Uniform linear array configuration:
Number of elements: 32
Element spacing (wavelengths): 0.25
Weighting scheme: blackman
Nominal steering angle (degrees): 0
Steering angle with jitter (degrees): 0.5794
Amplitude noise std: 0.05
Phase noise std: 0.05

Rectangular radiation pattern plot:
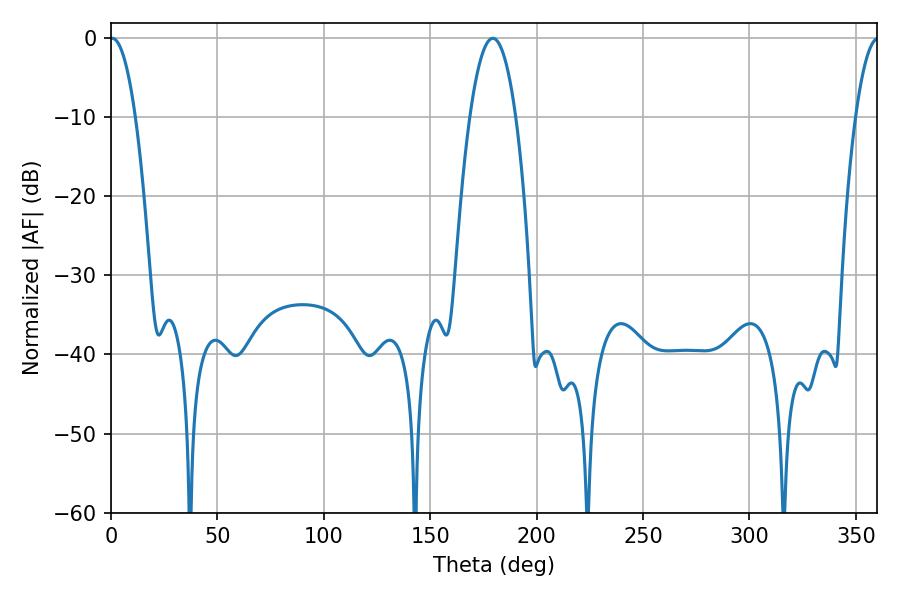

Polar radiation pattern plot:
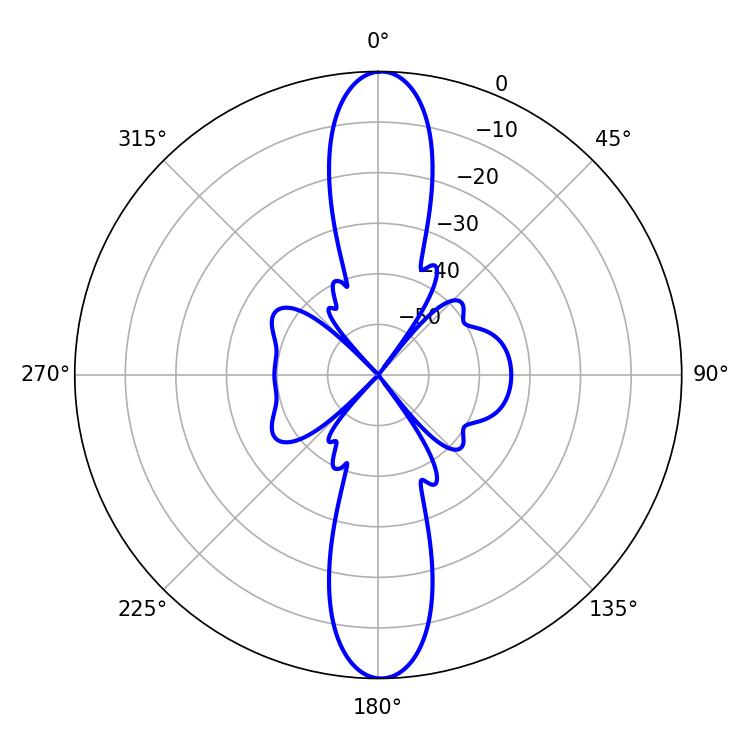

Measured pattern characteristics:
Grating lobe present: FALSE
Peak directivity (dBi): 26.031
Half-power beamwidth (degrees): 6.66
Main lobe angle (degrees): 0.54